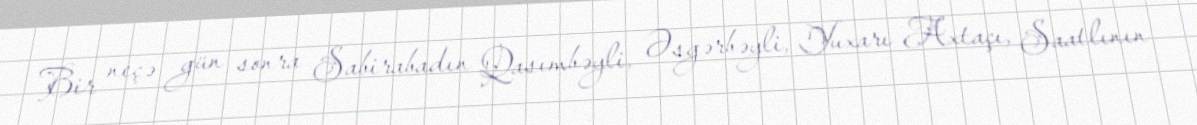
Bir neçə gün sonra Sabirabadın Qasımbəyli, Əsgərbəyli, Yuxarı Axtaçı, Saatlının